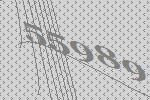
55989